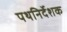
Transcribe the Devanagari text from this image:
पथनिर्देशक